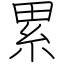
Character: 累